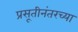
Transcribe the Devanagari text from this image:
प्रसूतीनंतरच्या